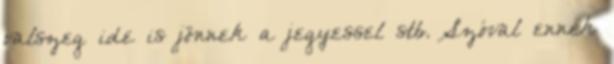
valszeg ide is jönnek a jegyessel stb. Szóval ennek